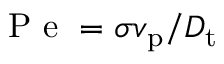
\mathrm { ~ P ~ e ~ } = \sigma v _ { \mathrm { p } } / D _ { \mathrm { t } }